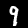
Digit: 9